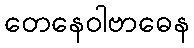
တေနေဝါဗာဓေန